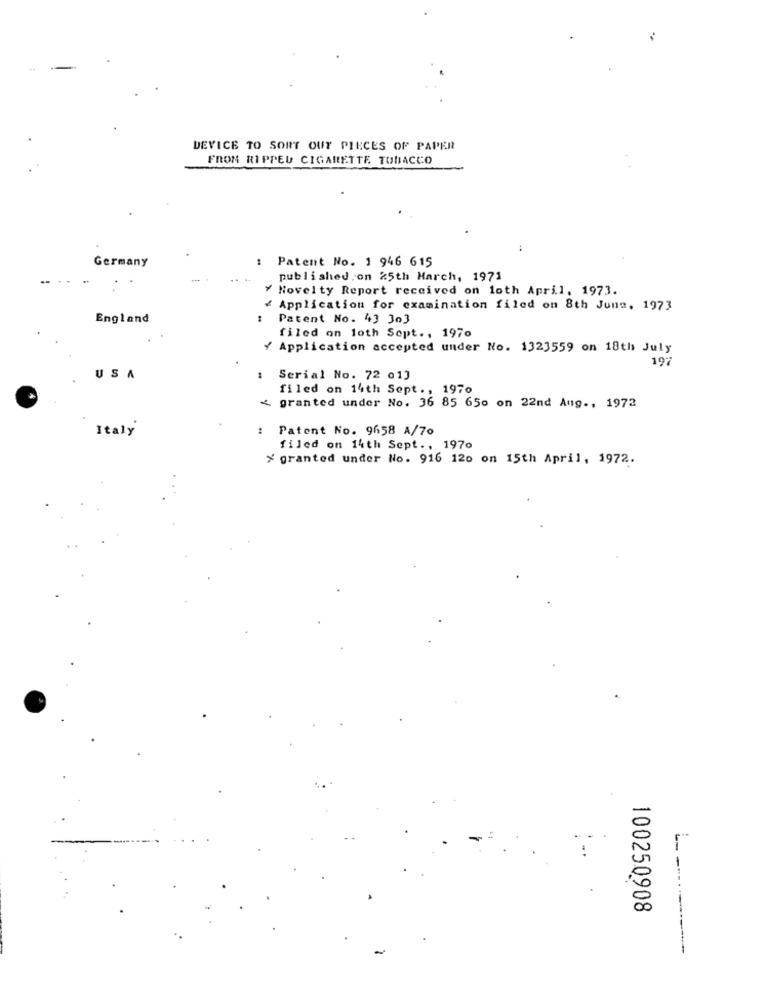
DEVICE TO SORT OUT PIECES OF PAPER
FRON RIPPED CIGARETTE TOBACCO
Germany
Patent No. 1 946 615
published.on 25th March, 1971
Y Novelty Report received on loth April, 1973.
¥ Application for examination filed on 8th June, 1973
England
Patent No. 43 303
filed on loth Sept ., 1970
/ Application accepted under No. 1323559 on 18th July
197
USA
Serial No. 72 013
filed on 14th Sept ., 1970
granted under No. 36 85 650 on 22nd Aug ., 1972
Italy
: Patent No. 9658 A/70
filed on 14th Sept ., 1970
* granted under No. 916 120 on 15th April, 1972.
-
100250908